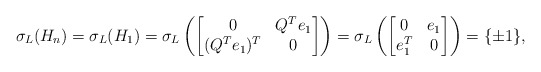
\begin{align*}\sigma_L(H_n) = \sigma_L(H_1) = \sigma_L\left(\begin{bmatrix}0&Q^Te_1\\ (Q^Te_1)^T&0\end{bmatrix}\right) = \sigma_L\left(\begin{bmatrix}0&e_1\\ e_1^T&0\end{bmatrix}\right) = \{\pm1\},\end{align*}